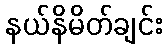
နယ်နိမိတ်ချင်း